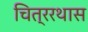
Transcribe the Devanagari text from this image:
चित्ररथास